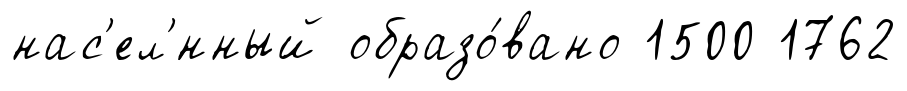
нас'ел'́нный образо́вано 1500 1762